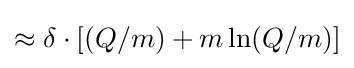
\approx \delta \cdot [(Q/m)+m\ln(Q/m)]